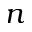
n